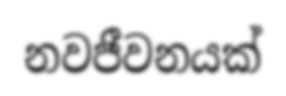
නවජීවනයක්